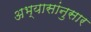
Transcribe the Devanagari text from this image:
अभ्यासांनुसार